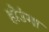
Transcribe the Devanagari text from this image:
होउंगा